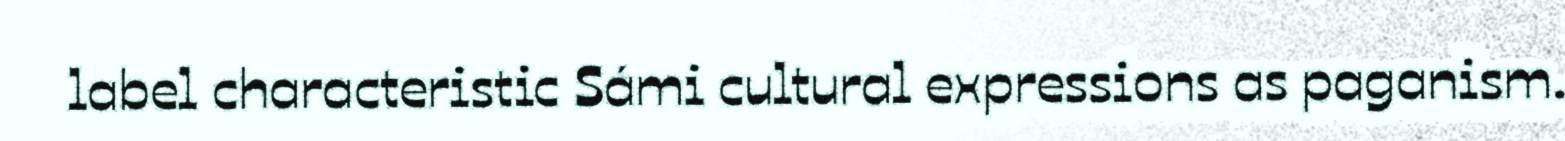
label characteristic Sámi cultural expressions as paganism.